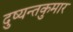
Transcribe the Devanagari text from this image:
दुष्यन्तकुमार